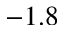
- 1 . 8